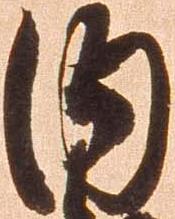
内